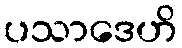
ပသာဒေဟိ